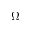
\Omega